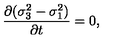
{ \frac { \partial ( \sigma _ { 3 } ^ { 2 } - \sigma _ { 1 } ^ { 2 } ) } { \partial t } } = 0 ,